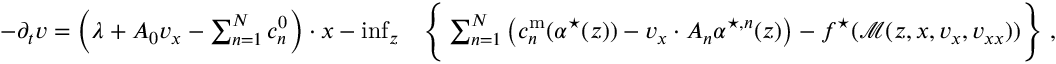
\begin{array} { r l } { - \partial _ { t } v = \left( \lambda + A _ { 0 } v _ { x } - \sum _ { n = 1 } ^ { N } c _ { n } ^ { 0 } \right) \cdot x - \operatorname* { i n f } _ { { z } } } & { \Bigg \{ \sum _ { n = 1 } ^ { N } \left( c _ { n } ^ { \mathrm { m } } ( { \alpha } ^ { \star } ( z ) ) - v _ { x } \cdot A _ { n } { \alpha } ^ { \star , n } ( z ) \right) - f ^ { \star } ( \mathcal { M } ( z , x , v _ { x } , v _ { x x } ) ) \Bigg \} \; , } \end{array}